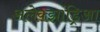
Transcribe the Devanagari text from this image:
अलेक्झांड्रिआ